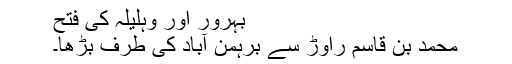
بہرور اور وہلیلہ کی فتح
محمد بن قاسم راوڑ سے برہمن آباد کی طرف بڑھا۔